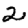
Digit: 2